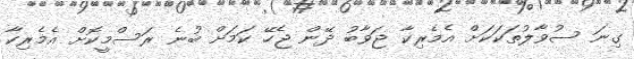
ގިނަ ސުވާލުތަކަކަށް އެމެރިކާ ޖަވާބު ދޭން ޖެހޭ ކަމަށް ބުނެ ރަސްމީކޮށް އެމެރިކާ